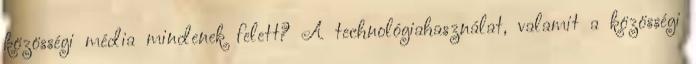
közösségi média mindenek felett? A technológiahasználat, valamit a közösségi